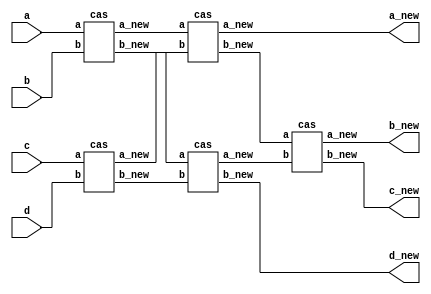
`timescale 1 ns / 100 ps

`define SNG_WIDTH 4
`define NUM_INPUTS 3

module cas4 (
   a,
   b,
   c,
   d,          
   a_new,
   b_new,
   c_new,
   d_new          
   );
   
   input [`SNG_WIDTH-1:0]        a,b,c,d;
   output [`SNG_WIDTH-1:0]     a_new,b_new,c_new,d_new;

   wire [`SNG_WIDTH-1:0]           max1, min1, max2, min2, max3, min3,max4,min4,max5,min5;
   
   cas cas1(.a(a),.b(b),.a_new(max1),.b_new(min1));
   
   cas cas2(.a(c),.b(d),.a_new(max2),.b_new(min2));
   
   cas cas3(.a(max1),.b(max2),.a_new(max3),.b_new(min3));

   cas cas4(.a(min1),.b(min2),.a_new(max4),.b_new(min4));

   cas cas5(.a(min3),.b(max4),.a_new(max5),.b_new(min5));
   
   

   assign a_new = max3;
   assign b_new = max5;
   assign c_new = min5;
   assign d_new = min4;
   
   

   
   
endmodule // cas4






module cas (
    a,
    b,
    a_new,
    b_new
    );

   input [`SNG_WIDTH-1:0]        a,b;
   output reg [`SNG_WIDTH-1:0]     a_new,b_new;
   
   wire [`SNG_WIDTH:0]       a_sub_b;
   

   
   

   ///always_comb 
   ///  begin
   ///   assign a_sub_b = a - b;
   ///   case (a_sub_b[`SNG_WIDTH-1])
   ///     0 : assign gt_out = a, assign lt_out = b;
   ///     1 : assign gt_out = b, assign lt_out = a;
   ///   endcase // case (a_sub_b[`SNG_WIDTH-1])
   ///   
   ///  end

   assign a_sub_b = a - b;
   

   always @(*) begin
   	//assign a_sub_b = a - b;
   	case (a_sub_b[`SNG_WIDTH])
   	  0 : begin
   	     a_new = a;
   	     b_new = b;       
   	  end
   	  1 : begin
   	     a_new = b;
   	     b_new = a;
   	  end
   	  
   	endcase // case (a_sub_b[`SNG_WIDTH-1])
   end // always @ (*)
   
   
   
   
   
   
endmodule // dsc_mul